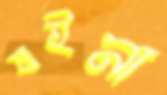
যাইনা